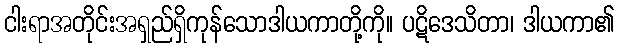
ငါးရာအတိုင်းအရှည်ရှိကုန်သောဒါယကာတို့ကို။ ပဋိဒေသိတာ၊ ဒါယကာ၏